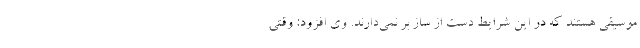
موسیقی هستند که در این شرایط دست از ساز بر نمی‌دارند. وی افزود: وقتی